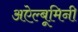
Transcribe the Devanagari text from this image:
अऐल्बूमिनी